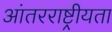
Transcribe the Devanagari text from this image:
आंतरराष्ट्रीयता